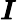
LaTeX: \boldsymbol{I}